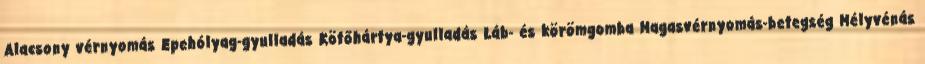
Alacsony vérnyomás Epehólyag-gyulladás Kötőhártya-gyulladás Láb- és körömgomba Magasvérnyomás-betegség Mélyvénás